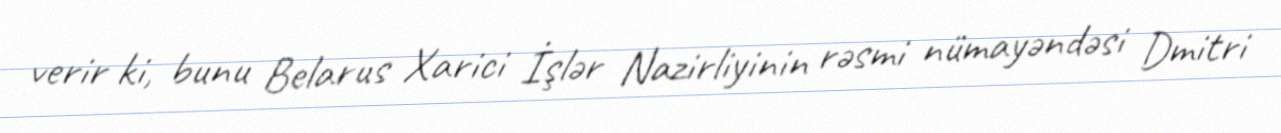
verir ki, bunu Belarus Xarici İşlər Nazirliyinin rəsmi nümayəndəsi Dmitri